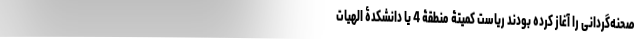
صحنه‌گردانی را آغاز کرده بودند ریاست کمیتۀ منطقۀ 4 یا دانشکدۀ الهیات